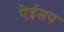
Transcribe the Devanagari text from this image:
ऐईसप